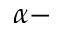
\alpha -